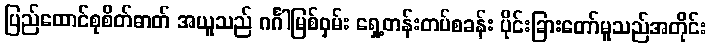
ပြည်ထောင်စုစိတ်ဓာတ် အယူသည် ဂင်္ဂါမြစ်ဝှမ်း ရှေ့တန်းတပ်စခန်း ပိုင်းခြားတော်မူသည်အတိုင်း